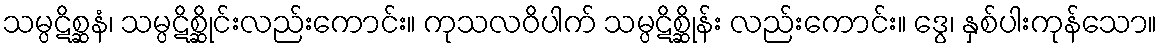
သမ္ပဋိစ္ဆနံ၊ သမ္ပဋိစ္ဆိုင်းလည်းကောင်း။ ကုသလဝိပါက် သမ္ပဋိစ္ဆိုန်း လည်းကောင်း။ ဒွေ၊ နှစ်ပါးကုန်သော။